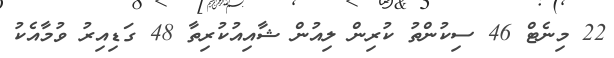
22 މިނެޓް 46 ސިކުންތު ކުރިން ލިއުން ޝާއިއުކުރިތާ 48 ގަޑިއިރު ވުމާއެކު